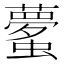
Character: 𲀎